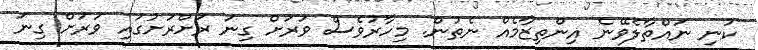
ކުނި ނައްތާލެވޭނެ އިންތިޒާމެއް ނެތުން. މިހާރުވެސް ވަރަށް ގިނަ ރަށްރަށުގައި ވަރަށް ގިނަ